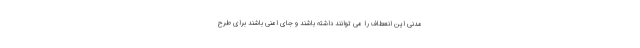
مدنی این انعطاف را می توانند داشته باشند و جای امنی باشند برای طرح